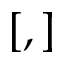
[ , ]